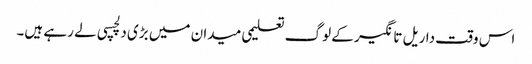
اس وقت داریل تانگیر کے لوگ تعلیمی میدان میں بڑی دلچسپی لے رہے ہیں۔